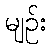
မျဉ်း